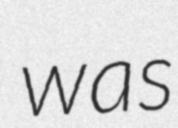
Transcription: was